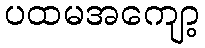
ပထမအကျော့